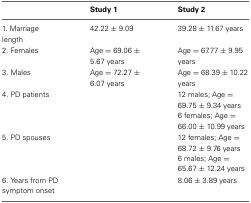
<table><thead><tr><td></td><td><b>Study 1</b></td><td><b>Study 2</b></td></tr></thead><tbody><tr><td>1. Marriage length</td><td>42.22 ± 9.09</td><td>39.28 ± 11.67 years</td></tr><tr><td>2. Females</td><td>Age = 69.06 ± 5.67 years</td><td>Age = 67.77 ± 9.95 years</td></tr><tr><td>3. Males</td><td>Age = 72.27 ± 6.07 years</td><td>Age = 68.39 ± 10.22 years</td></tr><tr><td>4. PD patients</td><td></td><td>12 males; Age = 69.75 ± 9.34 years 6 females; Age = 66.00 ± 10.99 years</td></tr><tr><td>5. PD spouses</td><td></td><td>12 females; Age = 68.72 ± 9.76 years 6 males; Age = 65.67 ± 12.24 years</td></tr><tr><td>6. Years from PD symptom onset</td><td></td><td>8.06 ± 3.89 years</td></tr></tbody></table>